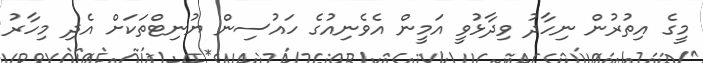
މީގެ އިތުރުން ނިހާދު ވިދާޅުވީ އަމީން އެވެނިއުގެ ހައުސިން ޔުނިޓްތަކަށް އެދި މިހާރު